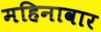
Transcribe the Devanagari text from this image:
महिनावार